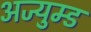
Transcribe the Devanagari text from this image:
अज्युम्ड